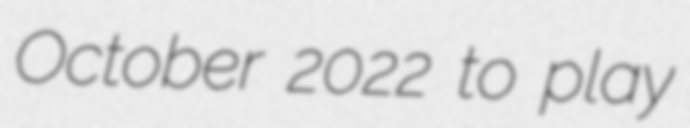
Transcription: October 2022 to play